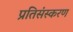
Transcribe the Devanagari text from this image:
प्रतिसंस्करण